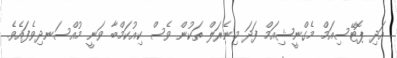
އަދި ޕޮޓޭސިއަމް މެގްނީޝިއަމް ފަދަ މިނެރަލް ތަކުން ވެސް ކިއުކަމްބާ ވަނީ މުއްސަނދިވެފައެވެ.